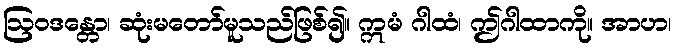
ဩဝဒန္တော၊ ဆုံးမတော်မူသည်ဖြစ်၍။ ဣမံ ဂါထံ၊ ဤဂါထာကို။ အာဟ၊